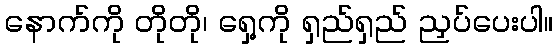
နောက်ကို တိုတို၊ ရှေ့ကို ရှည်ရှည် ညှပ်ပေးပါ။